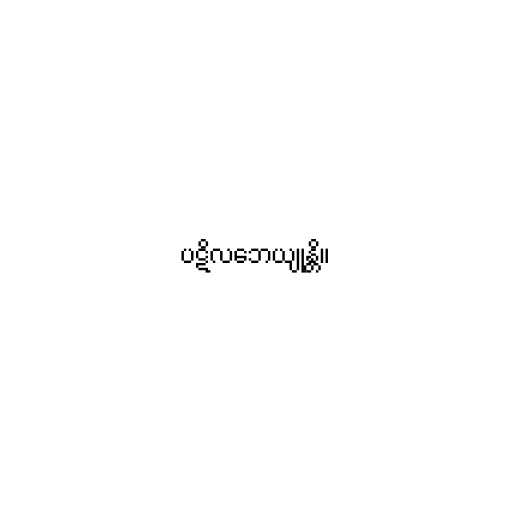
ပဋိလဘေယျုန္တိ။